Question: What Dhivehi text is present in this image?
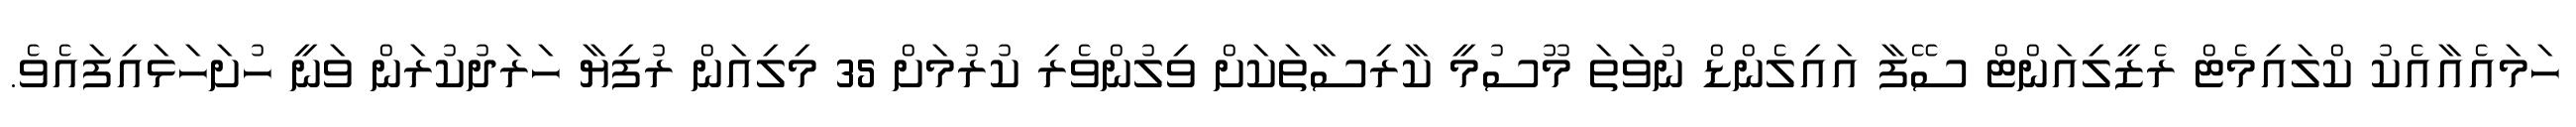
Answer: ހަމައެއާއެކު ކްލައިމެޓް ރެޒީލިއަންޓް ސޭފާ އައިލެންޑް ނުވަތަ މޫސުމީ ކާރިސާތަކަށް ވިލުންވެރި ކުރުމަށް 35 މިލިއަން ރުފިޔާ ހަރަދުކުރަން ވަނީ ހުށަހަޅައިފައެވެ.